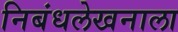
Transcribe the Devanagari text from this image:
निबंधलेखनाला